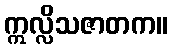
ဣလ္လိသဇာတက။